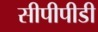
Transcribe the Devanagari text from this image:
सीपीपीडी